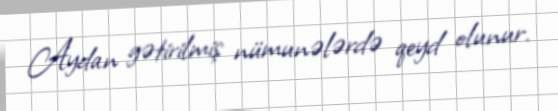
Aydan gətirilmiş nümunələrdə qeyd olunur.